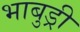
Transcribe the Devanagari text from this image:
भाबुड्री